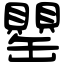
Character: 罌